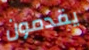
يقدمون